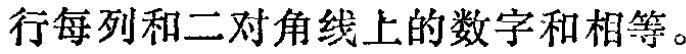
行每列和二对角线上的数字和相等。